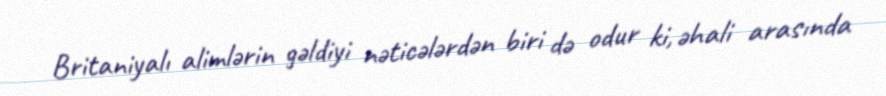
Britaniyalı alimlərin gəldiyi nəticələrdən biri də odur ki, əhali arasında